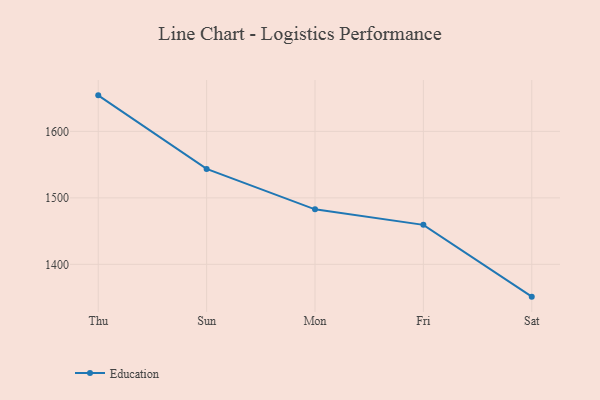
{"axis": {"x": "Day", "y": "Bounce Rate (%)"}, "legend": ["Education"], "data": [{"x": "Thu", "y": 1654.2, "type": "Education"}, {"x": "Sun", "y": 1543.5, "type": "Education"}, {"x": "Mon", "y": 1482.7, "type": "Education"}, {"x": "Fri", "y": 1459.4, "type": "Education"}, {"x": "Sat", "y": 1351.4, "type": "Education"}]}